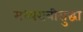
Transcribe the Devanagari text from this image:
मध्यरात्रीसुद्धा